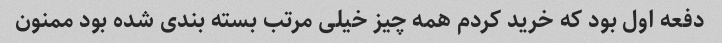
دفعه اول بود که خرید کردم همه چیز خیلی مرتب بسته بندی شده بود ممنون